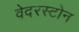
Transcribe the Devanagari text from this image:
वेदरस्‍टोन